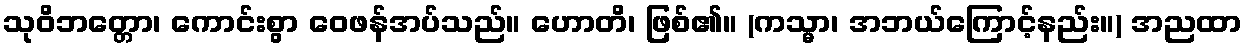
သုဝိဘတ္တော၊ ကောင်းစွာ ဝေဖန်အပ်သည်။ ဟောတိ၊ ဖြစ်၏။ (ကသ္မာ၊ အဘယ်ကြောင့်နည်း။) အညထာ